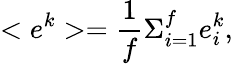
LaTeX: <e^{k}>={\frac{1}{f}}\Sigma_{i=1}^{f}e_{i}^{k},